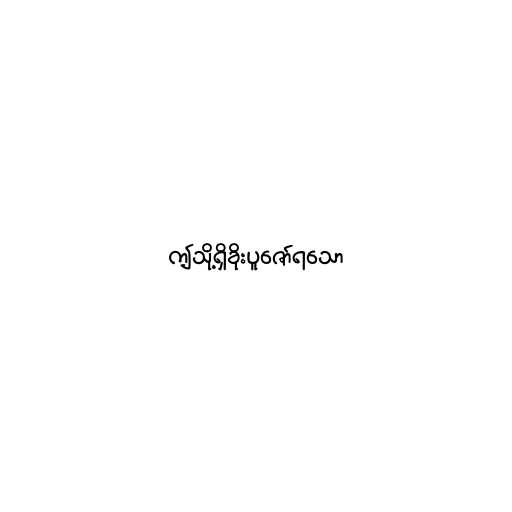
ဤသို့ရှိခိုးပူဇော်ရသော